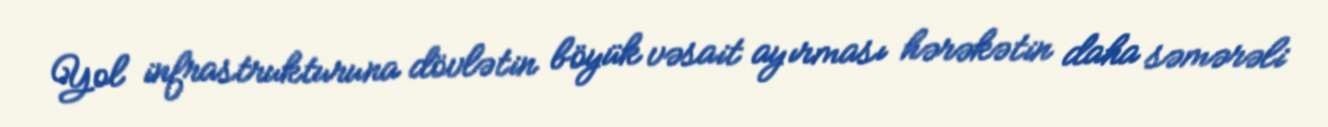
Yol infrastrukturuna dövlətin böyük vəsait ayırması hərəkətin daha səmərəli